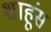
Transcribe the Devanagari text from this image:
शाहूंस